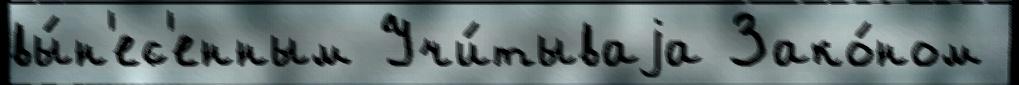
вы́н'ес'енным Учи́тываjа Зако́ном